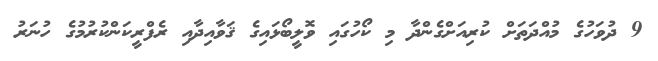
9 ދުވަހުގެ މުއްދަތަށް ކުރިއަށްގެންދާ މި ކޯހުގައި ވޮލީބޯޅައިގެ ޤަވާއިދާއި ރެފްރީކަންކުރުމުގެ ހުނަރު